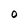
Character: O